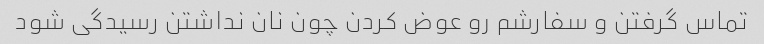
تماس گرفتن و سفارشم رو عوض کردن چون نان نداشتن رسیدگی شود